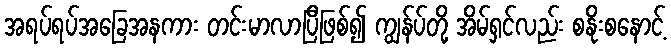
အရပ်ရပ်အခြေအနကား တင်းမာလာပြီဖြစ်၍ ကျွန်ပ်တို့ အိမ်ရှင်လည်း စနိုးစနောင့်